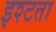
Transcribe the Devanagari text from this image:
इश्टता